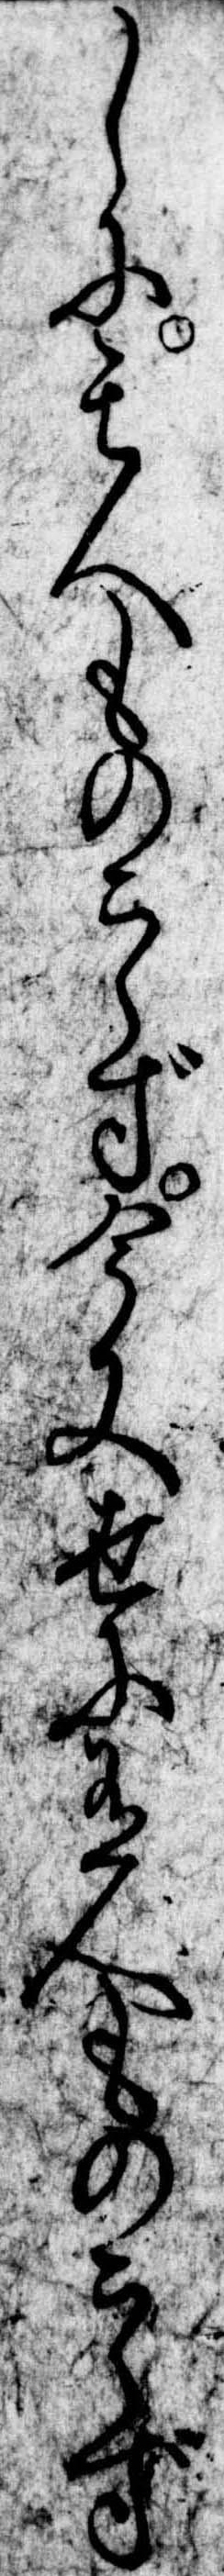
しに其人ものこらず今又世に有人ものこらず